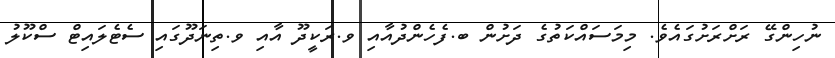
ނުހިންގޭ ރަށްރަށުގައެވެ. މިމަސައްކަތުގެ ދަށުން ބ.ފެހެންދުއާއި ވ.ރަކީދޫ އާއި ވ.ތިނަދޫގައި ސެޓެލައިޓް ސްކޫލު